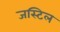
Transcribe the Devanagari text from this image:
जस्टिल